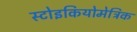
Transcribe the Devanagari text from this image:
स्टोइकियोमेट्रिक